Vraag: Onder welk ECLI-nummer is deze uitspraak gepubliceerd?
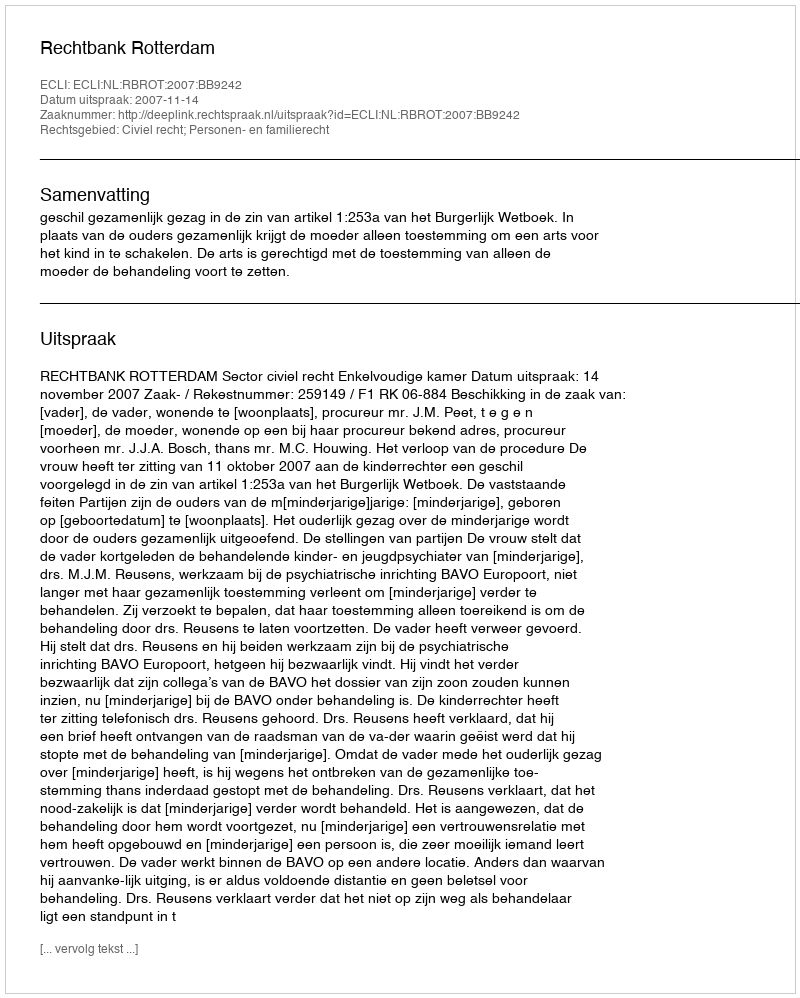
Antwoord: ECLI:NL:RBROT:2007:BB9242